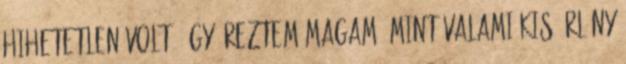
hihetetlen volt, úgy éreztem magam, mint valami kis űrlény